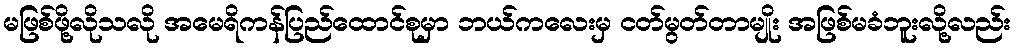
မဖြစ်ဖို့လိုသလို အမေရိကန်ပြည်ထောင်စုမှာ ဘယ်ကလေးမှ ငတ်မွတ်တာမျိုး အဖြစ်မခံဘူးလို့လည်း